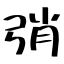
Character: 弰